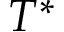
T ^ { * }